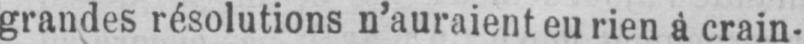
grandes résolutions n’auraient eu rien à crain-